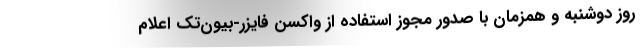
روز دوشنبه و همزمان با صدور مجوز استفاده از واکسن فایزر-بیون‌تک اعلام